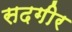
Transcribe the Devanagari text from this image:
सदगीर